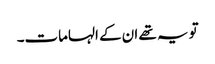
تو یہ تھے ان کے الہامات۔